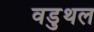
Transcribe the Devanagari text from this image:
वडुथल